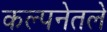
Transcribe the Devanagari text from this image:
कल्पनेतले